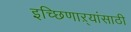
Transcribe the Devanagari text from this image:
इच्छिणाऱ्यांसाठी